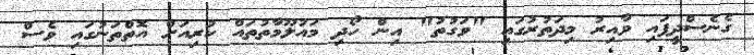
ގެނެސްދީފައި ވާއިރު މިދަތުރުގައި "ވަގުތު" އިން ހޯދި މައުލޫމާތުތައް ކުރިއަށް އޮތްތަނުގައި ވެސް